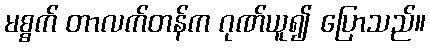
မစ္စက် တာလက်တန်က ဂုဏ်ယူ၍ ပြောသည်။